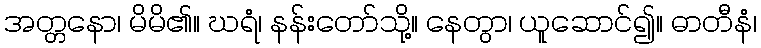
အတ္တနော၊ မိမိ၏။ ဃရံ၊ နန်းတော်သို့။ နေတွာ၊ ယူဆောင်၍။ ဓာတီနံ၊